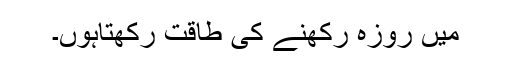
مَیں روزہ رکھنے کی طاقت رکھتاہوں۔